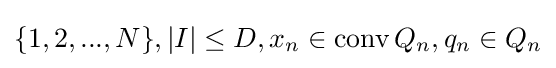
\{1,2,...,N\},|I|\leq D,x_{n}\in \operatorname {conv} Q_{n},q_{n}\in Q_{n}